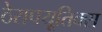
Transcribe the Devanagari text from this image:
ठेरापयूतिक्स